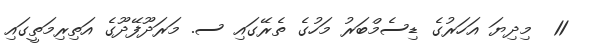
11  މިދިޔަ އަހަރުގެ ޑިސެމްބަރު މަހުގެ ތެރޭގައި ސ. މަރަދޫފޭދޫގެ އަތިރިމަތީގައި